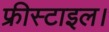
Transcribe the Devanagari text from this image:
फ्रीस्टाइल।